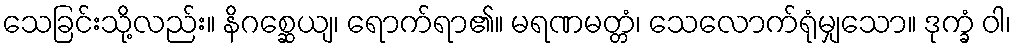
သေခြင်းသို့လည်း။ နိဂစ္ဆေယျ၊ ရောက်ရာ၏။ မရဏမတ္တံ၊ သေလောက်ရုံမျှသော။ ဒုက္ခံ ဝါ၊